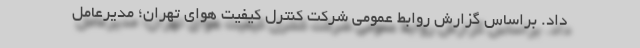
داد. براساس گزارش روابط عمومی شرکت کنترل کیفیت هوای تهران؛ مدیرعامل